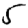
Digit: 5